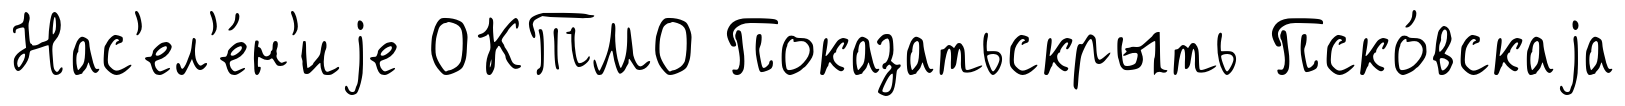
Нас'ел'е́н'иjе ОКТМО Показатьскрыть Пско́вскаjа